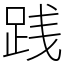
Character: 践